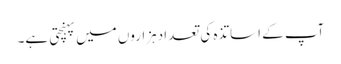
آپ کے اساتذہ کی تعدا دہزاروں میں پہنچتی ہے۔